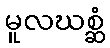
မူလဃစ္ဆံ